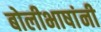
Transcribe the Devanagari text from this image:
बोलीभाषांनी